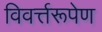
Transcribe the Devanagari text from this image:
विवर्त्तरूपेण